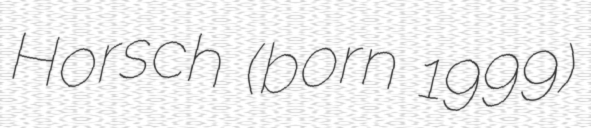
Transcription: Horsch (born 1999)